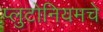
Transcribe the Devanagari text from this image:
प्लुटोनियमचे